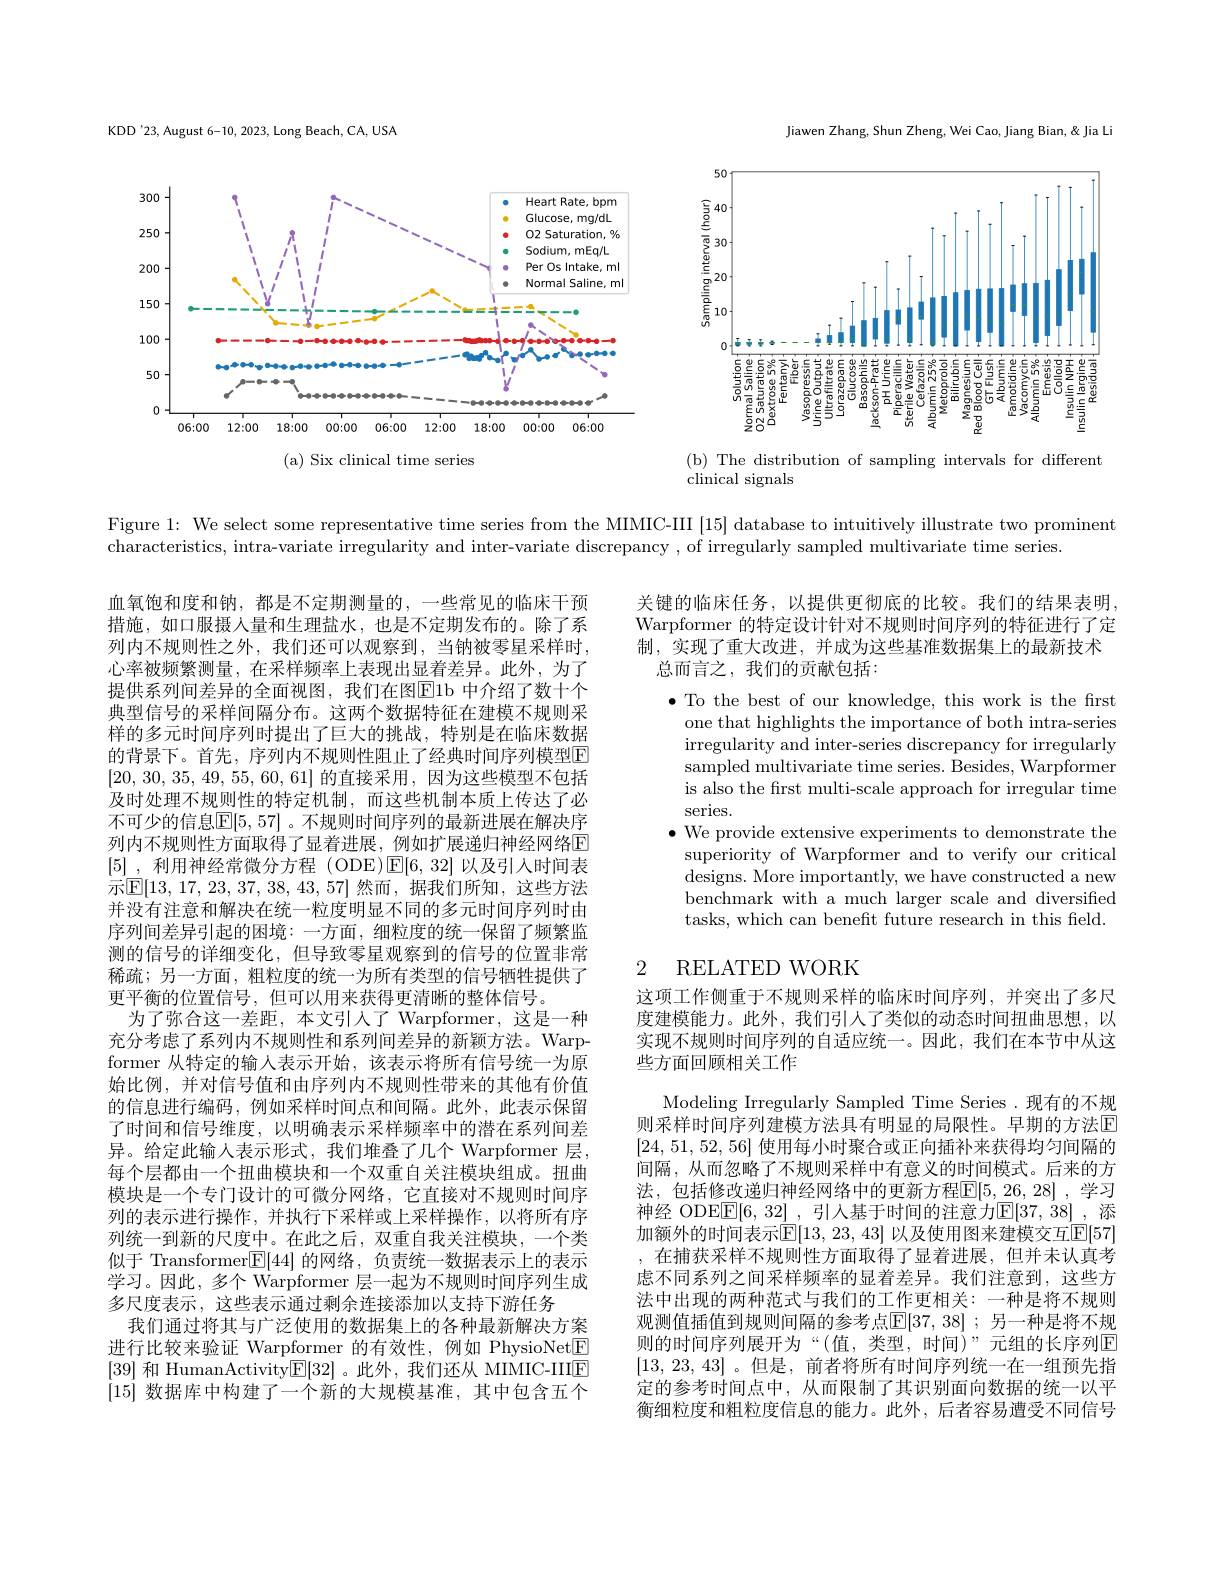
KDD'23, August 6-10, 2023, Long Beach, CA, USA

Jiawen Zhang, Shun Zheng, Wei Cao, Jiang Bian, & Jia Li

<FigureHere>

Figure 1: We select some representative time series from the MIMIC-III [15] database to intuitively illustrate two prominent

characteristics, intra-variate irregularity and inter-variate discrepancy , of irregularly sampled multivariate time series

关键的临床任务，以提供更彻底的比较。我们的结果表明Warpformer 的特定设计针对不规则时间序列的特征进行了定制，实现了重大改进，并成为这些基准数据集上的最新技术
总而言之，我们的贡献包括：
$\bullet$ To the best of our knowledge, this work is the first
one that highlights the importance of both intra-series irregularity and inter-series discrepancy for irregularly sampled multivariate time series. Besides, Warpformer is also the first multi-scale approach for irregular time series.
$\bullet$ We provide extensive experiments to demonstrate the superiority of Warpformer and to verify our critical designs. More importantly, we have constructed a new benchmark with a much larger scale and diversified tasks, which can benefit future research in this feld.

# 2 RELATED WORK

血氧饱和度和钠，都是不定期测量的，一些常见的临床干预措施，如口服摄入量和生理盐水，也是不定期发布的。除了系列内不规则性之外，我们还可以观察到，当钠被零星采样时， 心率被频繁测量，在采样频率上表现出显着差异。此外，为了提供系列间差异的全面视图，我们在图E1b 中介绍了数十个典型信号的采样间隔分布。这两个数据特征在建模不规则采样的多元时间序列时提出了巨大的挑战，特别是在临床数据的背景下。首先，序列内不规则性阻止了经典时间序列模型$\overline{\mathrm{F}}$ $\left|20,30,35,49,55,60,61\right|$的直接采用，因为这些模型不包括及时处理不规则性的特定机制，而这些机制本质上传达了必不可少的信息$\mathbb{E}[5,57]$ 。不规则时间序列的最新进展在解决序列内不规则性方面取得了显着进展，例如扩展递归神经网络$\overline{\mathrm{F}}$ $[5]_{\mathrm{~,~}}$利用神经常微分方程 (ODE)$\mathbb{E}[6,32]$以及引入时间表示$\boxed{\mathbb{E}[13,17,23,37,38,43,57]}$ 然而，据我们所知，这些方法并没有注意和解决在统一粒度明显不同的多元时间序列时由序列间差异引起的困境：一方面，细粒度的统一保留了频繁监测的信号的详细变化，但导致零星观察到的信号的位置非常稀疏；另一方面，粗粒度的统一为所有类型的信号牺牲提供了更平衡的位置信号，但可以用来获得更清晰的整体信号。
为了弥合这一差距，本文引人了 Warpformer,这是一种充分考虑了系列内不规则性和系列间差异的新颖方法。Warpformer 从特定的输人表示开始，该表示将所有信号统一为原始比例，并对信号值和由序列内不规则性带来的其他有价值的信息进行编码，例如采样时间点和间隔。此外，此表示保留了时间和信号维度，以明确表示采样频率中的潜在系列间差异。给定此输人表示形式，我们堆叠了几个 Warpformer 层， 每个层都由一个扭曲模块和一个双重自关注模块组成。扭曲模块是一个专门设计的可微分网络，它直接对不规则时间序列的表示进行操作，并执行下采样或上采样操作，以将所有序列统一到新的尺度中。在此之后，双重自我关注模块，一个类似于 Transformer$\boxed{\mathrm{E}}[44]$的网络，负责统一数据表示上的表示学习。因此，多个 Warpformer 层一起为不规则时间序列生成多尺度表示 ,这些表示通过剩余连接添加以支持下游任务
我们通过将其与广泛使用的数据集上的各种最新解决方案进行比较来验证 Warpformer 的有效性，例如 PhysioNet$\boxed{\mathrm{F}}$ [39]和 HumanActivity$\boxed{\mathbb{E}}[32]$ 。此外，我们还从 MIMIC-IIIE [15]数据库中构建了一个新的大规模基准，其中包含五个

这项工作侧重于不规则采样的临床时间序列，并突出了多尺度建模能力。此外，我们引人了类似的动态时间扭曲思想，以实现不规则时间序列的自适应统一。因此，我们在本节中从这些方面回顾相关工作
Modeling Irregularly Sampled Time Series .现有的不规则采样时间序列建模方法具有明显的局限性。早期的方法$\color{red}{\mathrm{E}}$ [24,51,52,56]使用每小时聚合或正向插补来获得均匀间隔的间隔，从而忽略了不规则采样中有意义的时间模式。后来的方法，包括修改递归神经网络中的更新方程$\mathbb{E}[5,26,28]$,学习神经 ODE$\overline{\mathbb{E}}[6,32]$ ,引入基于时间的注意力$\mathbb{E}[37,38]$ ,添加额外的时间表示$\overline{\mathbb{E}}[13,23,43]$ 以及使用图来建模交互$\mathbb{E}[57]$ 在捕获采样不规则性方面取得了显着进展，但并未认真考虑不同系列之间采样频率的显着差异。我们注意到，这些方法中出现的两种范式与我们的工作更相关：一种是将不规则观测值插值到规则间隔的参考点$\mathbb{E}[37,38]$ ;另一种是将不规则的时间序列展开为“(值，类型，时间)”元组的长序列$\mathbb{E}$ [13,23,43] 。但是，前者将所有时间序列统一在一组预先指定的参考时间点中，从而限制了其识别面向数据的统一以平衡细粒度和粗粒度信息的能力。此外，后者容易遭受不同信号